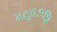
મહાદજી